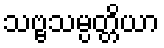
သဗ္ဗသမ္ပတ္တိယာ